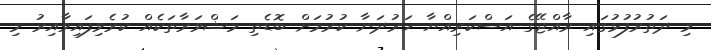
މި ދަތުރުފުޅުގައި ރާއްޖޭގެ އަސްކަރިއްޔާ ހަރުދަނާ ކުރުމަށް ބޮޑެތި މަޝްވަރާތަކެއް ކުރެވިފައިވާއިރު މި